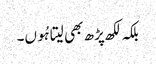
بلکہ لکھ پڑھ بھی لیتا ہُوں۔